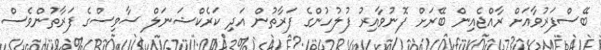
ބޭސްފަރުވާއަށް ރާއްޖެއިން ބޭރަށް ފޮނުވާއިރު ފުލުހުންގެ ފަރާތުން އަދި ކަރެކްޝަނަލް ސާވިސްގެ ފަރާތުންވެސް